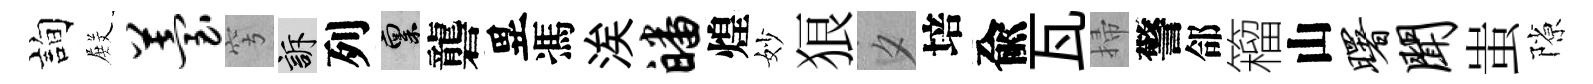
詢𭮺苔穹訴列禀礱異馮涘皤煌妙狼夕培兪瓦掃警郃籕山曙闻蚩隙